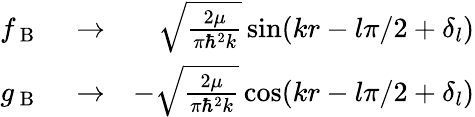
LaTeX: \begin{array}{rlr}{f_{\mathrm{~B~}}}&{{}\rightarrow}&{\sqrt{\frac{2\mu}{\pi\hbar^{2}k}}\sin(kr-l\pi/2+\delta_{l})}\\ {g_{\mathrm{~B~}}}&{{}\rightarrow}&{-\sqrt{\frac{2\mu}{\pi\hbar^{2}k}}\cos(kr-l\pi/2+\delta_{l})}\end{array}